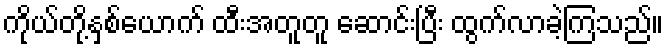
ကိုယ်တို့နှစ်ယောက် ထီးအတူတူ ဆောင်းပြီး ထွက်လာခဲ့ကြသည်။